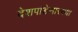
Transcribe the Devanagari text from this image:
देशपांडेसारख्या